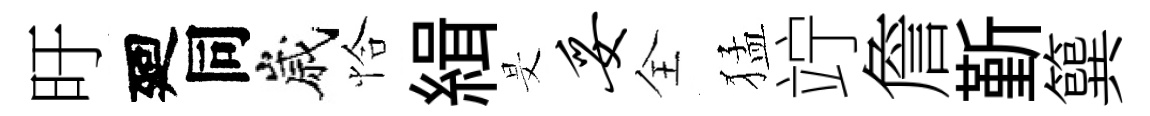
旴廻同嵗恰緝旻妥全猛竚詹斳簨